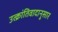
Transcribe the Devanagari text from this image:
उत्क्रांतिवादानुसार